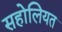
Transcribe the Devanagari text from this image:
सहोलियत